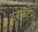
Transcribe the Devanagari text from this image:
वनपर्यटन